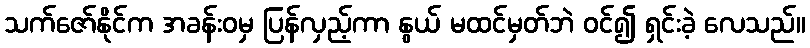
သက်ဇော်နိုင်က အခန်းဝမှ ပြန်လှည့်ကာ နွယ် မထင်မှတ်ဘဲ ဝင်၍ ရှင်းခဲ့ လေသည်။